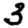
Digit: 3